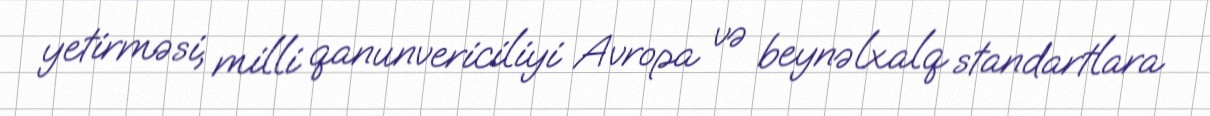
yetirməsi, milli qanunvericiliyi Avropa və beynəlxalq standartlara